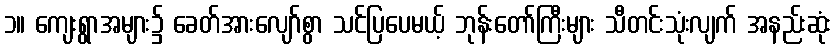
၁။ ကျေးရွာအများ၌ ခေတ်အားလျော်စွာ သင်ပြပေမယ့် ဘုန်းတော်ကြီးများ သီတင်းသုံးလျက် အနည်းဆုံး